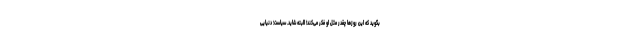
بگوید که این روزها چقدر مثل او فکر می‌کند! البته شاید. سیاست؛ دنیایی